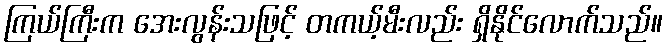
ကြယ်ကြီးက အေးလွန်းသဖြင့် တကယ့်မီးလည်း ရှိနိုင်လောက်သည်။